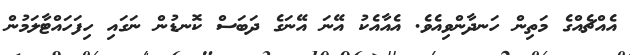
އެއްޗެއްގެ މަތިން ހަނދާންވިއެވެ. އެއާއެކު އޭނަ އޭނަގެ ދަބަސް ކޮނޑުން ނަގައި ހިފަހައްޓާލަމުން